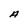
Character: A